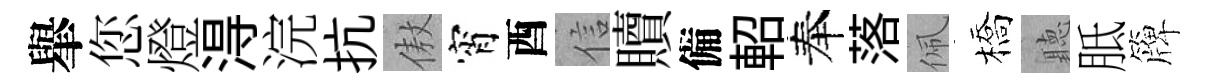
𦦙您燈淂浣抗傲宵酉信贖備軺奉落佩橋聽胝簰